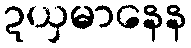
ဍယှမာနေန